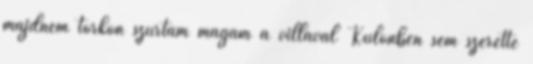
majdnem torkon szúrtam magam a villával Különben sem szerette